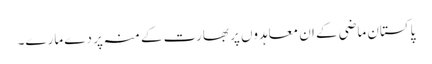
پاکستان ماضی کے ان معاہدوں پر بھارت کے منہ پر دے مارے۔